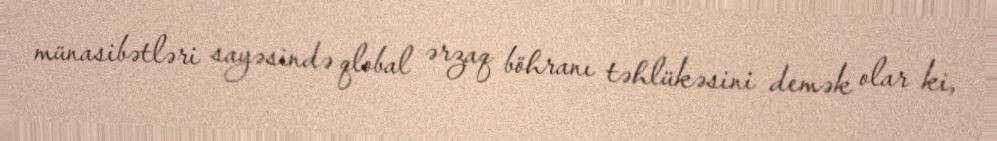
münasibətləri sayəsində qlobal ərzaq böhranı təhlükəsini demək olar ki,